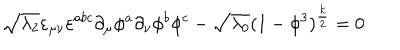
LaTeX: \sqrt { \lambda _ { 2 } } \varepsilon _ { \mu \nu } \varepsilon ^ { a b c } \partial _ { \mu } \phi ^ { a } \partial _ { \nu } \phi ^ { b } \phi ^ { c } - \sqrt { \lambda _ { 0 } } ( 1 - \phi ^ { 3 } ) ^ { \frac { k } { 2 } } = 0